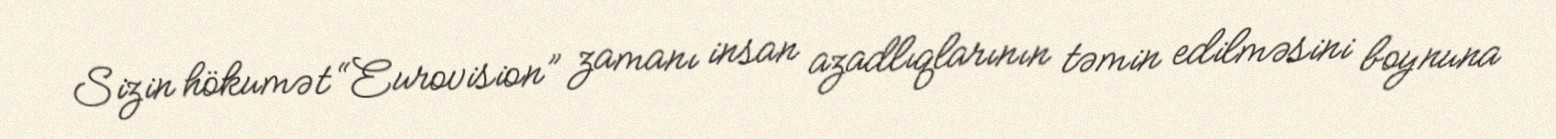
Sizin hökumət “Eurovision” zamanı insan azadlıqlarının təmin edilməsini boynuna